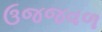
ઉજજવળ